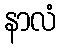
နာလံ